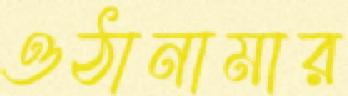
ওঠানামার